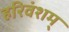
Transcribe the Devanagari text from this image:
हरिवंशम्